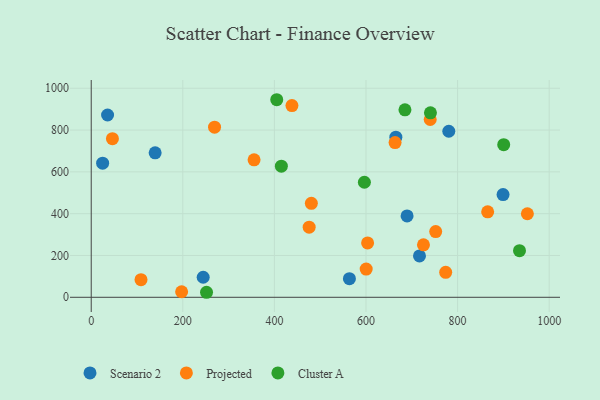
{"axis": {"x": "Ad Spend", "y": "Exam Score"}, "legend": ["Cluster A", "Projected", "Scenario 2"], "data": [{"x": "24.9", "y": 641.5, "type": "Scenario 2"}, {"x": "244.5", "y": 95.9, "type": "Scenario 2"}, {"x": "689.7", "y": 389.0, "type": "Scenario 2"}, {"x": "716.8", "y": 197.7, "type": "Scenario 2"}, {"x": "780.8", "y": 794.3, "type": "Scenario 2"}, {"x": "899.3", "y": 491.5, "type": "Scenario 2"}, {"x": "35.7", "y": 871.9, "type": "Scenario 2"}, {"x": "139.6", "y": 691.0, "type": "Scenario 2"}, {"x": "665.2", "y": 765.8, "type": "Scenario 2"}, {"x": "563.8", "y": 88.9, "type": "Scenario 2"}, {"x": "355.6", "y": 657.4, "type": "Projected"}, {"x": "774.0", "y": 119.5, "type": "Projected"}, {"x": "725.5", "y": 250.8, "type": "Projected"}, {"x": "480.7", "y": 449.7, "type": "Projected"}, {"x": "269.3", "y": 813.9, "type": "Projected"}, {"x": "740.2", "y": 850.5, "type": "Projected"}, {"x": "46.3", "y": 758.6, "type": "Projected"}, {"x": "600.4", "y": 135.2, "type": "Projected"}, {"x": "663.5", "y": 740.2, "type": "Projected"}, {"x": "108.7", "y": 84.5, "type": "Projected"}, {"x": "603.5", "y": 259.9, "type": "Projected"}, {"x": "952.4", "y": 399.5, "type": "Projected"}, {"x": "197.4", "y": 26.4, "type": "Projected"}, {"x": "438.3", "y": 917.0, "type": "Projected"}, {"x": "865.7", "y": 409.0, "type": "Projected"}, {"x": "475.9", "y": 335.6, "type": "Projected"}, {"x": "752.2", "y": 314.5, "type": "Projected"}, {"x": "685.1", "y": 896.6, "type": "Cluster A"}, {"x": "415.2", "y": 627.1, "type": "Cluster A"}, {"x": "251.8", "y": 24.0, "type": "Cluster A"}, {"x": "596.5", "y": 550.3, "type": "Cluster A"}, {"x": "405.1", "y": 945.0, "type": "Cluster A"}, {"x": "935.2", "y": 223.0, "type": "Cluster A"}, {"x": "740.7", "y": 882.5, "type": "Cluster A"}, {"x": "900.7", "y": 730.2, "type": "Cluster A"}]}